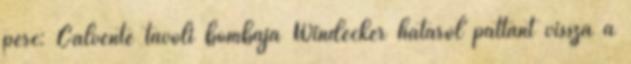
perc: Calvente távoli bombája Windecker hátáról pattant vissza a